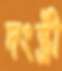
দংষ্ট্রী